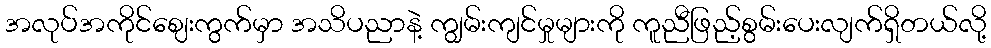
အလုပ်အကိုင်ဈေးကွက်မှာ အသိပညာနဲ့ ကျွမ်းကျင်မှုများကို ကူညီဖြည့်စွမ်းပေးလျက်ရှိတယ်လို့